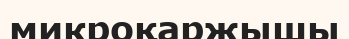
микроқаржышы